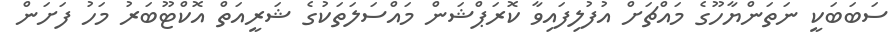
ސަބަބަކީ ނަތަންޔާހޫގެ މައްޗަށް އުފުލިފައިވާ ކޮރަޕްޝަން މައްސަލަތަކުގެ ޝަރީއަތް އޮކްޓޫބަރު މަހު ފަށަން